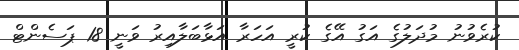
ކުރެވުނު މުދަލުގެ އަގު އޭގެ ކުރީ އަހަރާ އަޅާބަލާއިރު ވަނީ 18 ޕަސެންޓް